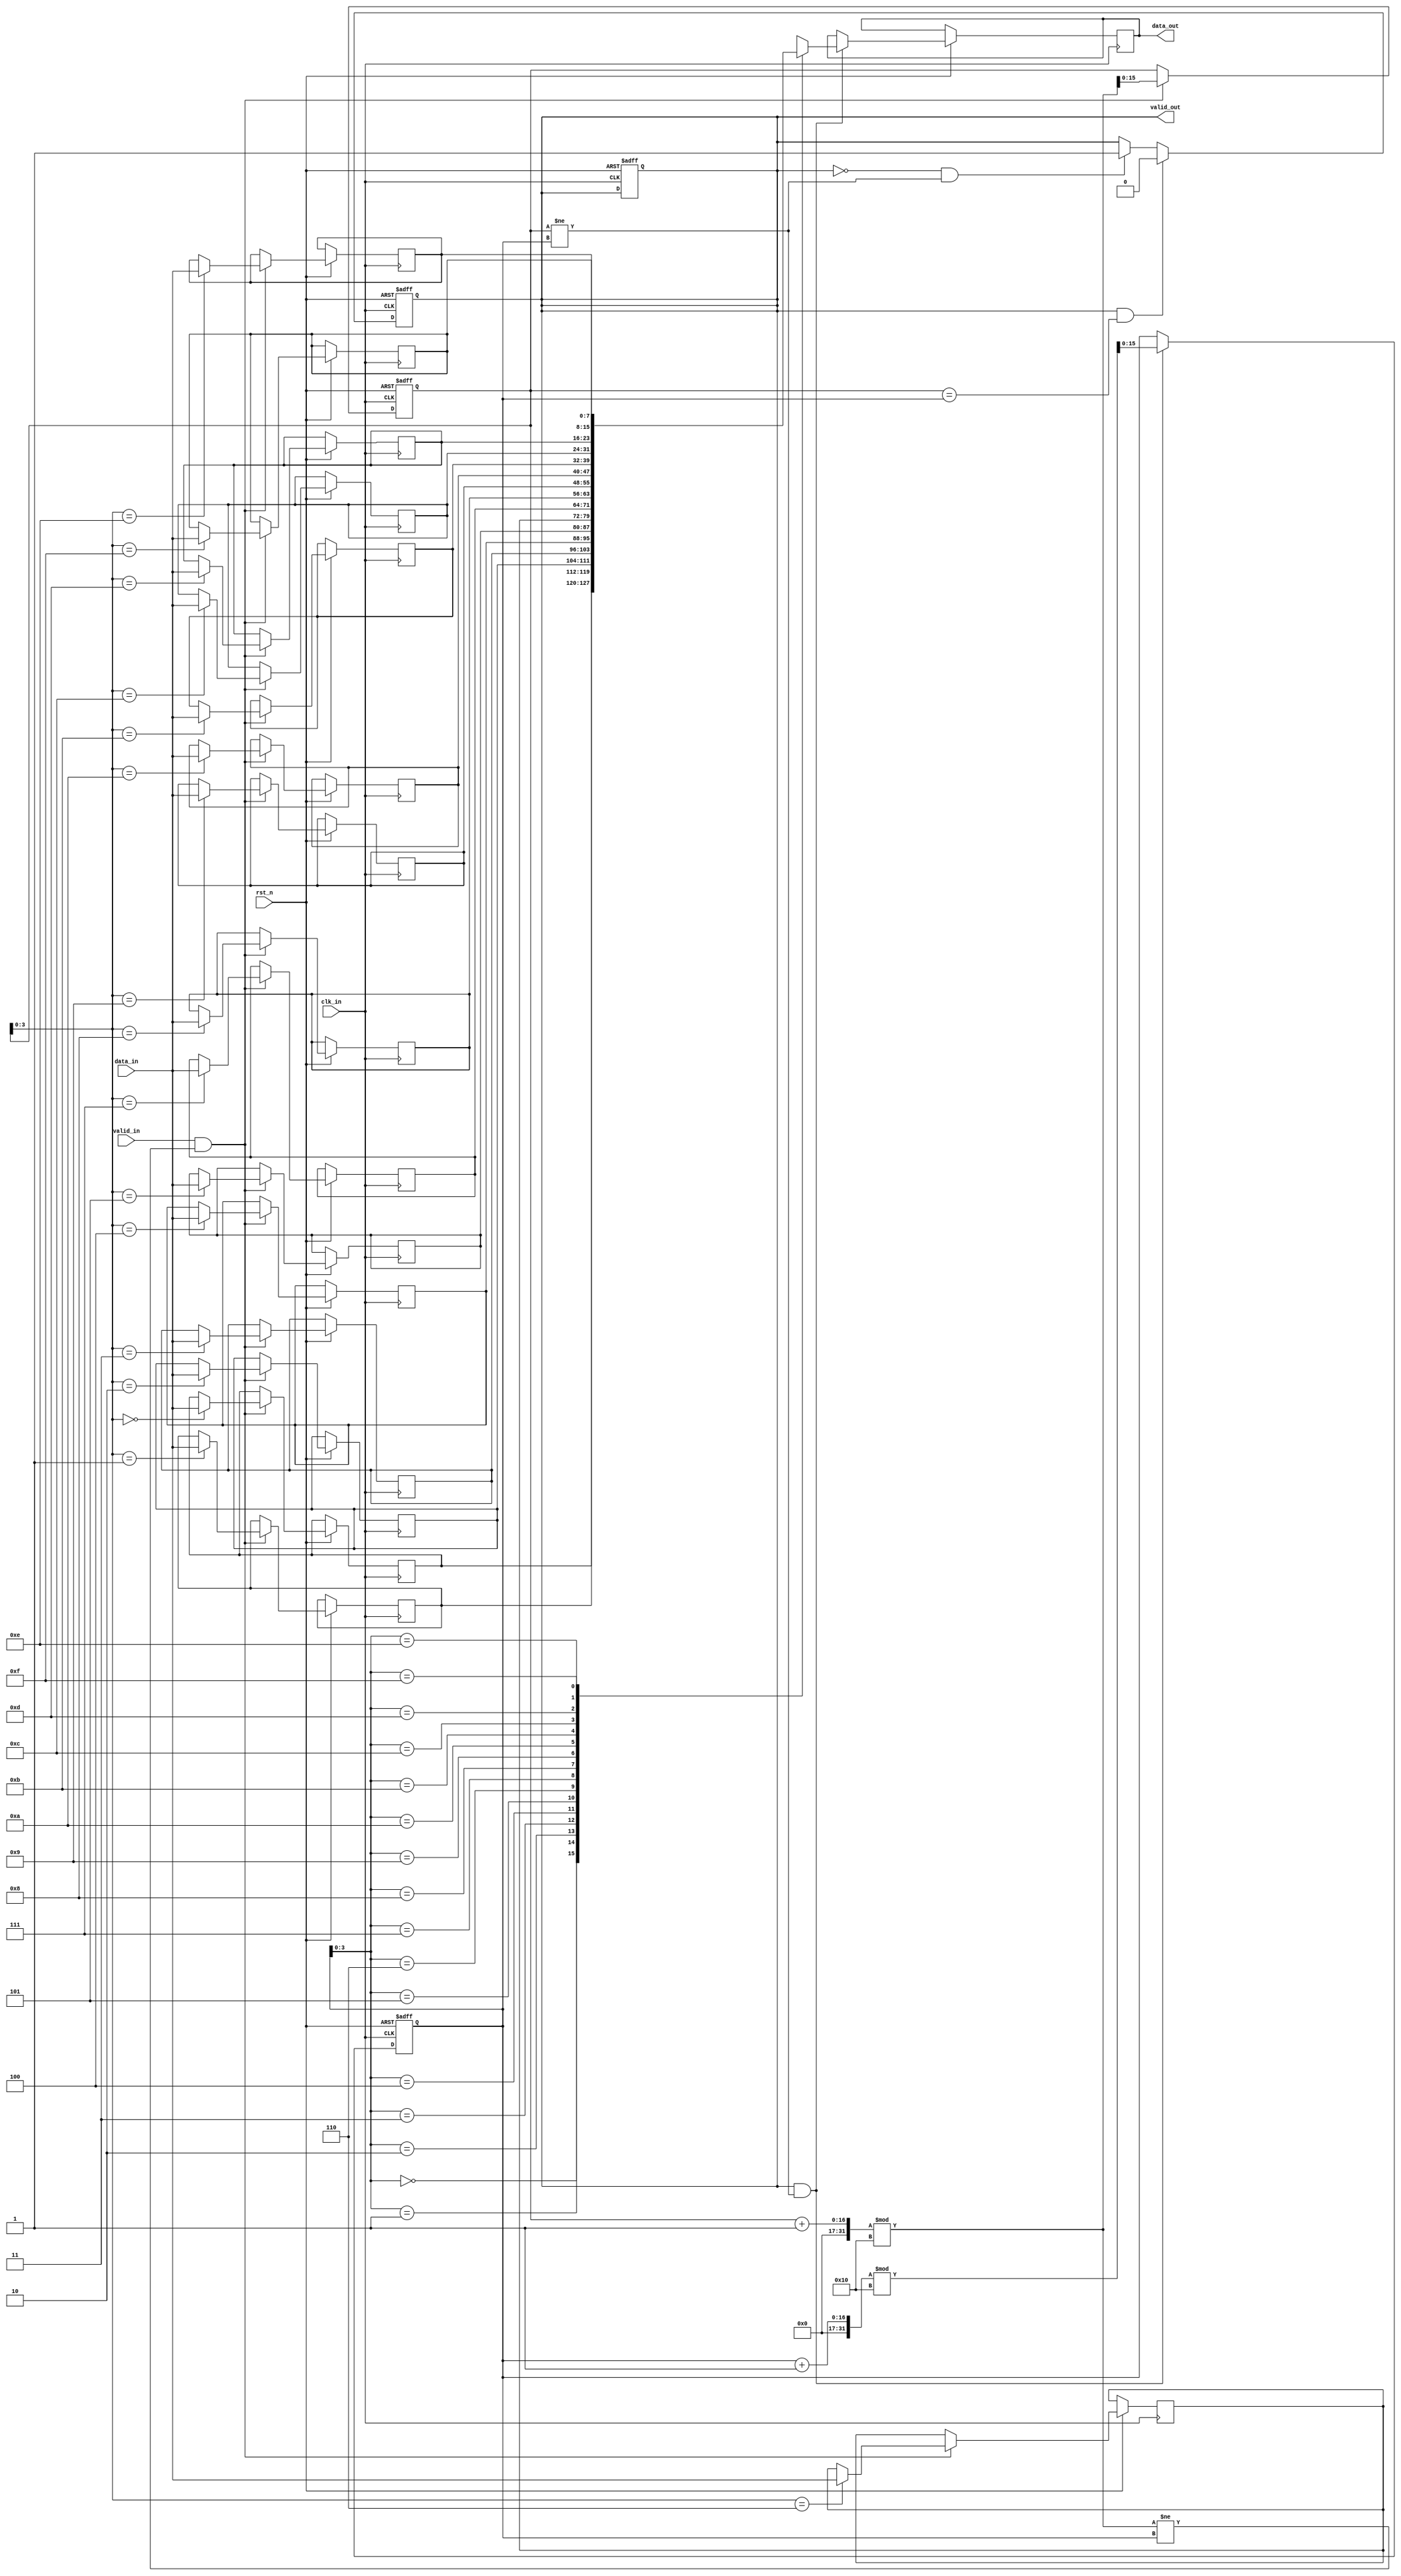
module burst_synchronizer (
    input wire clk_in,
    input wire rst_n,
    input wire [DATA_WIDTH-1:0] data_in,
    input wire valid_in,
    output wire [DATA_WIDTH-1:0] data_out,
    output wire valid_out
);

parameter DATA_WIDTH = 8;
parameter FIFO_DEPTH = 16;

reg [DATA_WIDTH-1:0] fifo [0:FIFO_DEPTH-1];
reg [FIFO_DEPTH-1:0] head, tail;
reg [DATA_WIDTH-1:0] data_out_reg;
reg valid_out_reg;

always @(posedge clk_in or negedge rst_n) begin
    if (~rst_n) begin
        head <= 0;
        tail <= 0;
        valid_out_reg <= 0;
    end else begin
        if (valid_in && ((head + 1) % FIFO_DEPTH != tail)) begin
            fifo[head] <= data_in;
            head <= (head + 1) % FIFO_DEPTH;
        end
        
        if (valid_out_reg && (head != tail)) begin
            data_out_reg <= fifo[tail];
            tail <= (tail + 1) % FIFO_DEPTH;
        end
    end
end

assign data_out = data_out_reg;
assign valid_out = valid_out_reg;

always @(posedge clk_in or negedge rst_n) begin
    if (~rst_n) begin
        valid_out_reg <= 0;
    end else begin
        if (valid_out_reg && (head == tail)) begin
            valid_out_reg <= 0;
        end else if (!valid_out_reg && (head != tail)) begin
            valid_out_reg <= 1;
        end
    end
end

endmodule